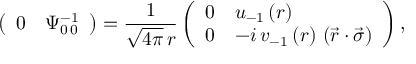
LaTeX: \left( \begin{array} { l l } { { 0 } } & { { \Psi _ { 0 \, 0 } ^ { - 1 } } } \end{array} \right) = { \frac { 1 } { \sqrt { 4 \pi } \, r } } \left( \begin{array} { l l } { { 0 } } & { { u _ { - 1 } \left( r \right) } } \\ { { 0 } } & { { - i \, v _ { - 1 } \left( r \right) \, \left( \vec { r } \cdot \vec { \sigma } \right) } } \end{array} \right) ,